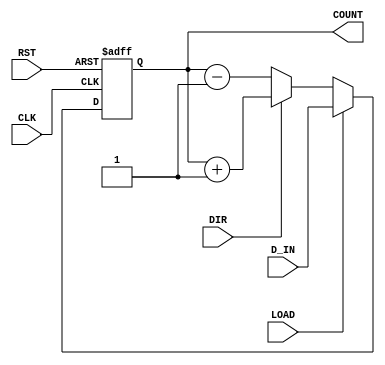
module UpDownCounter #(
    parameter n = 8 // Parameter for the width of the counter
)(
    input wire CLK,           // Clock signal
    input wire RST,           // Reset signal (active high)
    input wire DIR,           // Direction control (1 for up, 0 for down)
    input wire LOAD,          // Load signal (active high)
    input wire [n-1:0] D_IN,  // Data input for loading
    output reg [n-1:0] COUNT  // Counter output
);

    // Internal counter register
    reg [n-1:0] counter_reg;

    // Always block triggered on the rising edge of the clock
    always @(posedge CLK or posedge RST) begin
        if (RST) begin
            // Reset the counter to zero
            counter_reg <= {n{1'b0}};
        end else if (LOAD) begin
            // Load the value from D_IN into the counter register
            counter_reg <= D_IN;
        end else begin
            // Count up or down based on the DIR signal
            if (DIR) begin
                // Count up
                counter_reg <= counter_reg + 1;
            end else begin
                // Count down
                counter_reg <= counter_reg - 1;
            end
        end
    end

    // Assign the internal counter register to the output
    always @(*) begin
        COUNT = counter_reg;
    end

endmodule